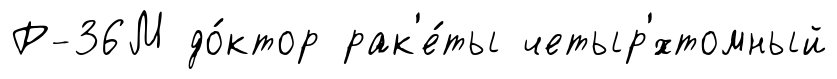
Р-36М до́ктор рак'е́ты четыр'́хтомный